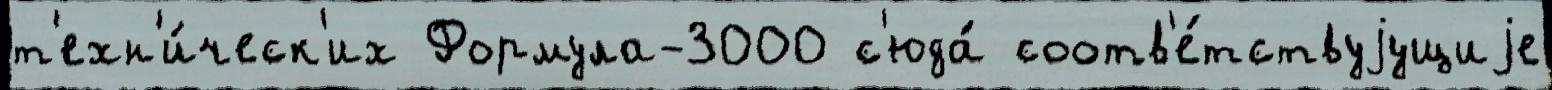
т'ехн'и́ческ'их Формула-3000 с'юда́ соотв'е́тствуjущиjе